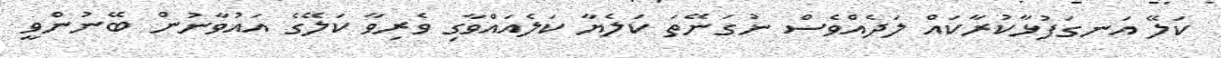
ކަލޭ އަނގަފުޅާކުރާކައް ލަދެއްވެސް ނުގަނޭތަ ކަލެޔާ ކަލެއައްވާގި ވެރިވާ ކަލޭގެ އައުވާނުން ބޭނުންވީ